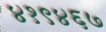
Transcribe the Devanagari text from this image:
४१९४६७